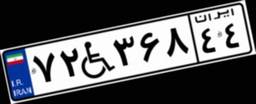
۷۲W۳۶۸۴۴